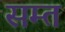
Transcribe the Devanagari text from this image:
सम्त